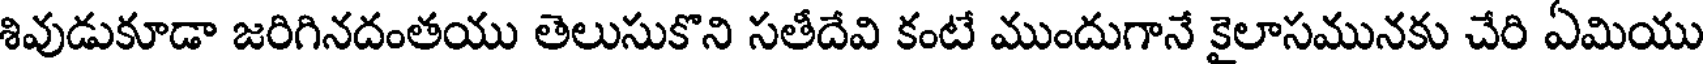
శివుడుకూడా జరిగినదంతయు తెలుసుకొని సతీదేవి కంటే ముందుగానే కైలాసమునకు చేరి ఏమియు